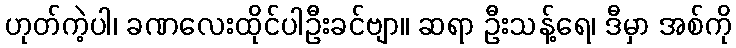
ဟုတ်ကဲ့ပါ၊ ခဏလေးထိုင်ပါဦးခင်ဗျာ။ ဆရာ ဦးသန့်ရေ၊ ဒီမှာ အစ်ကို